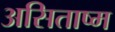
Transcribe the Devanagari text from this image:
असिताष्म